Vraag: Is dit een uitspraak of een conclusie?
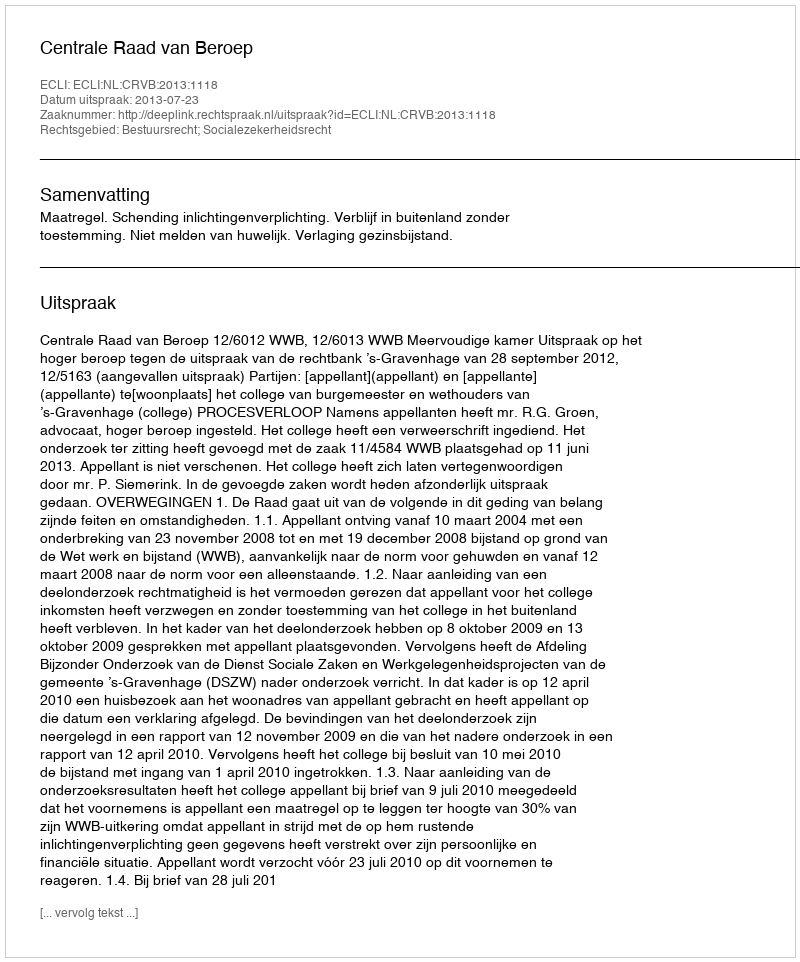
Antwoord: Uitspraak